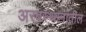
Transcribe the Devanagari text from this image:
अरबस्थानातील